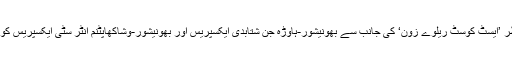
بھارت بند کے پیش نظر ’ایسٹ کوسٹ ریلوے زون‘ کی جانب سے بھونیشور-ہاوڑہ جن شتابدی ایکسپریس اور بھونیشور-وشاکھاپٹنم انٹر سٹی ایکسپریس کو منسوخ کر دیا گیا ہے۔